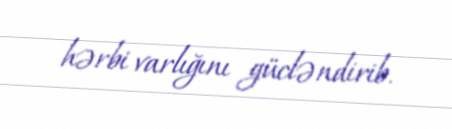
hərbi varlığını gücləndirib.